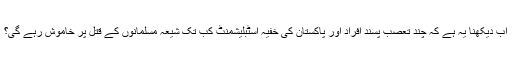
اب دیکھنا یہ ہے کہ چند تعصب پسند افراد اور پاکستان کی خفیہ اسٹبلیشمنٹ کب تک شیعہ مسلمانوں کے قتل پر خاموش رہے گی؟